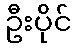
ဦးပိုင်